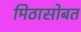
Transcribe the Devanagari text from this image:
मिठासोबत